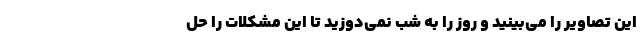
این تصاویر را می‌بینید و روز را به شب نمی‌دوزید تا این مشکلات را حل